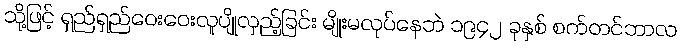
သို့ဖြင့် ရှည်ရှည်ဝေးဝေးလူပျိုလှည့်ခြင်း မျိုးမလုပ်နေဘဲ ၁၉၄၂ ခုနှစ် စက်တင်ဘာလ